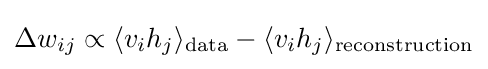
\Delta w_{ij}\propto \langle v_{i}h_{j}\rangle _{\text{data}}-\langle v_{i}h_{j}\rangle _{\text{reconstruction}}